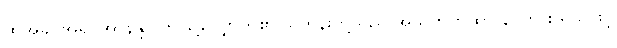
ထိုအခါ အရှင်အာနန္ဒာ ဤသို့လျှောက်၏။ ရဟန်းတို့သည် အသုဘကထာ နာကြား ရသဖြင့်